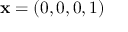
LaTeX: \mathbf { x } = ( 0 , 0 , 0 , 1 )